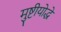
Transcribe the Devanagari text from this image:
मुष्टीयोद्धे